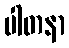
ပါတနာ